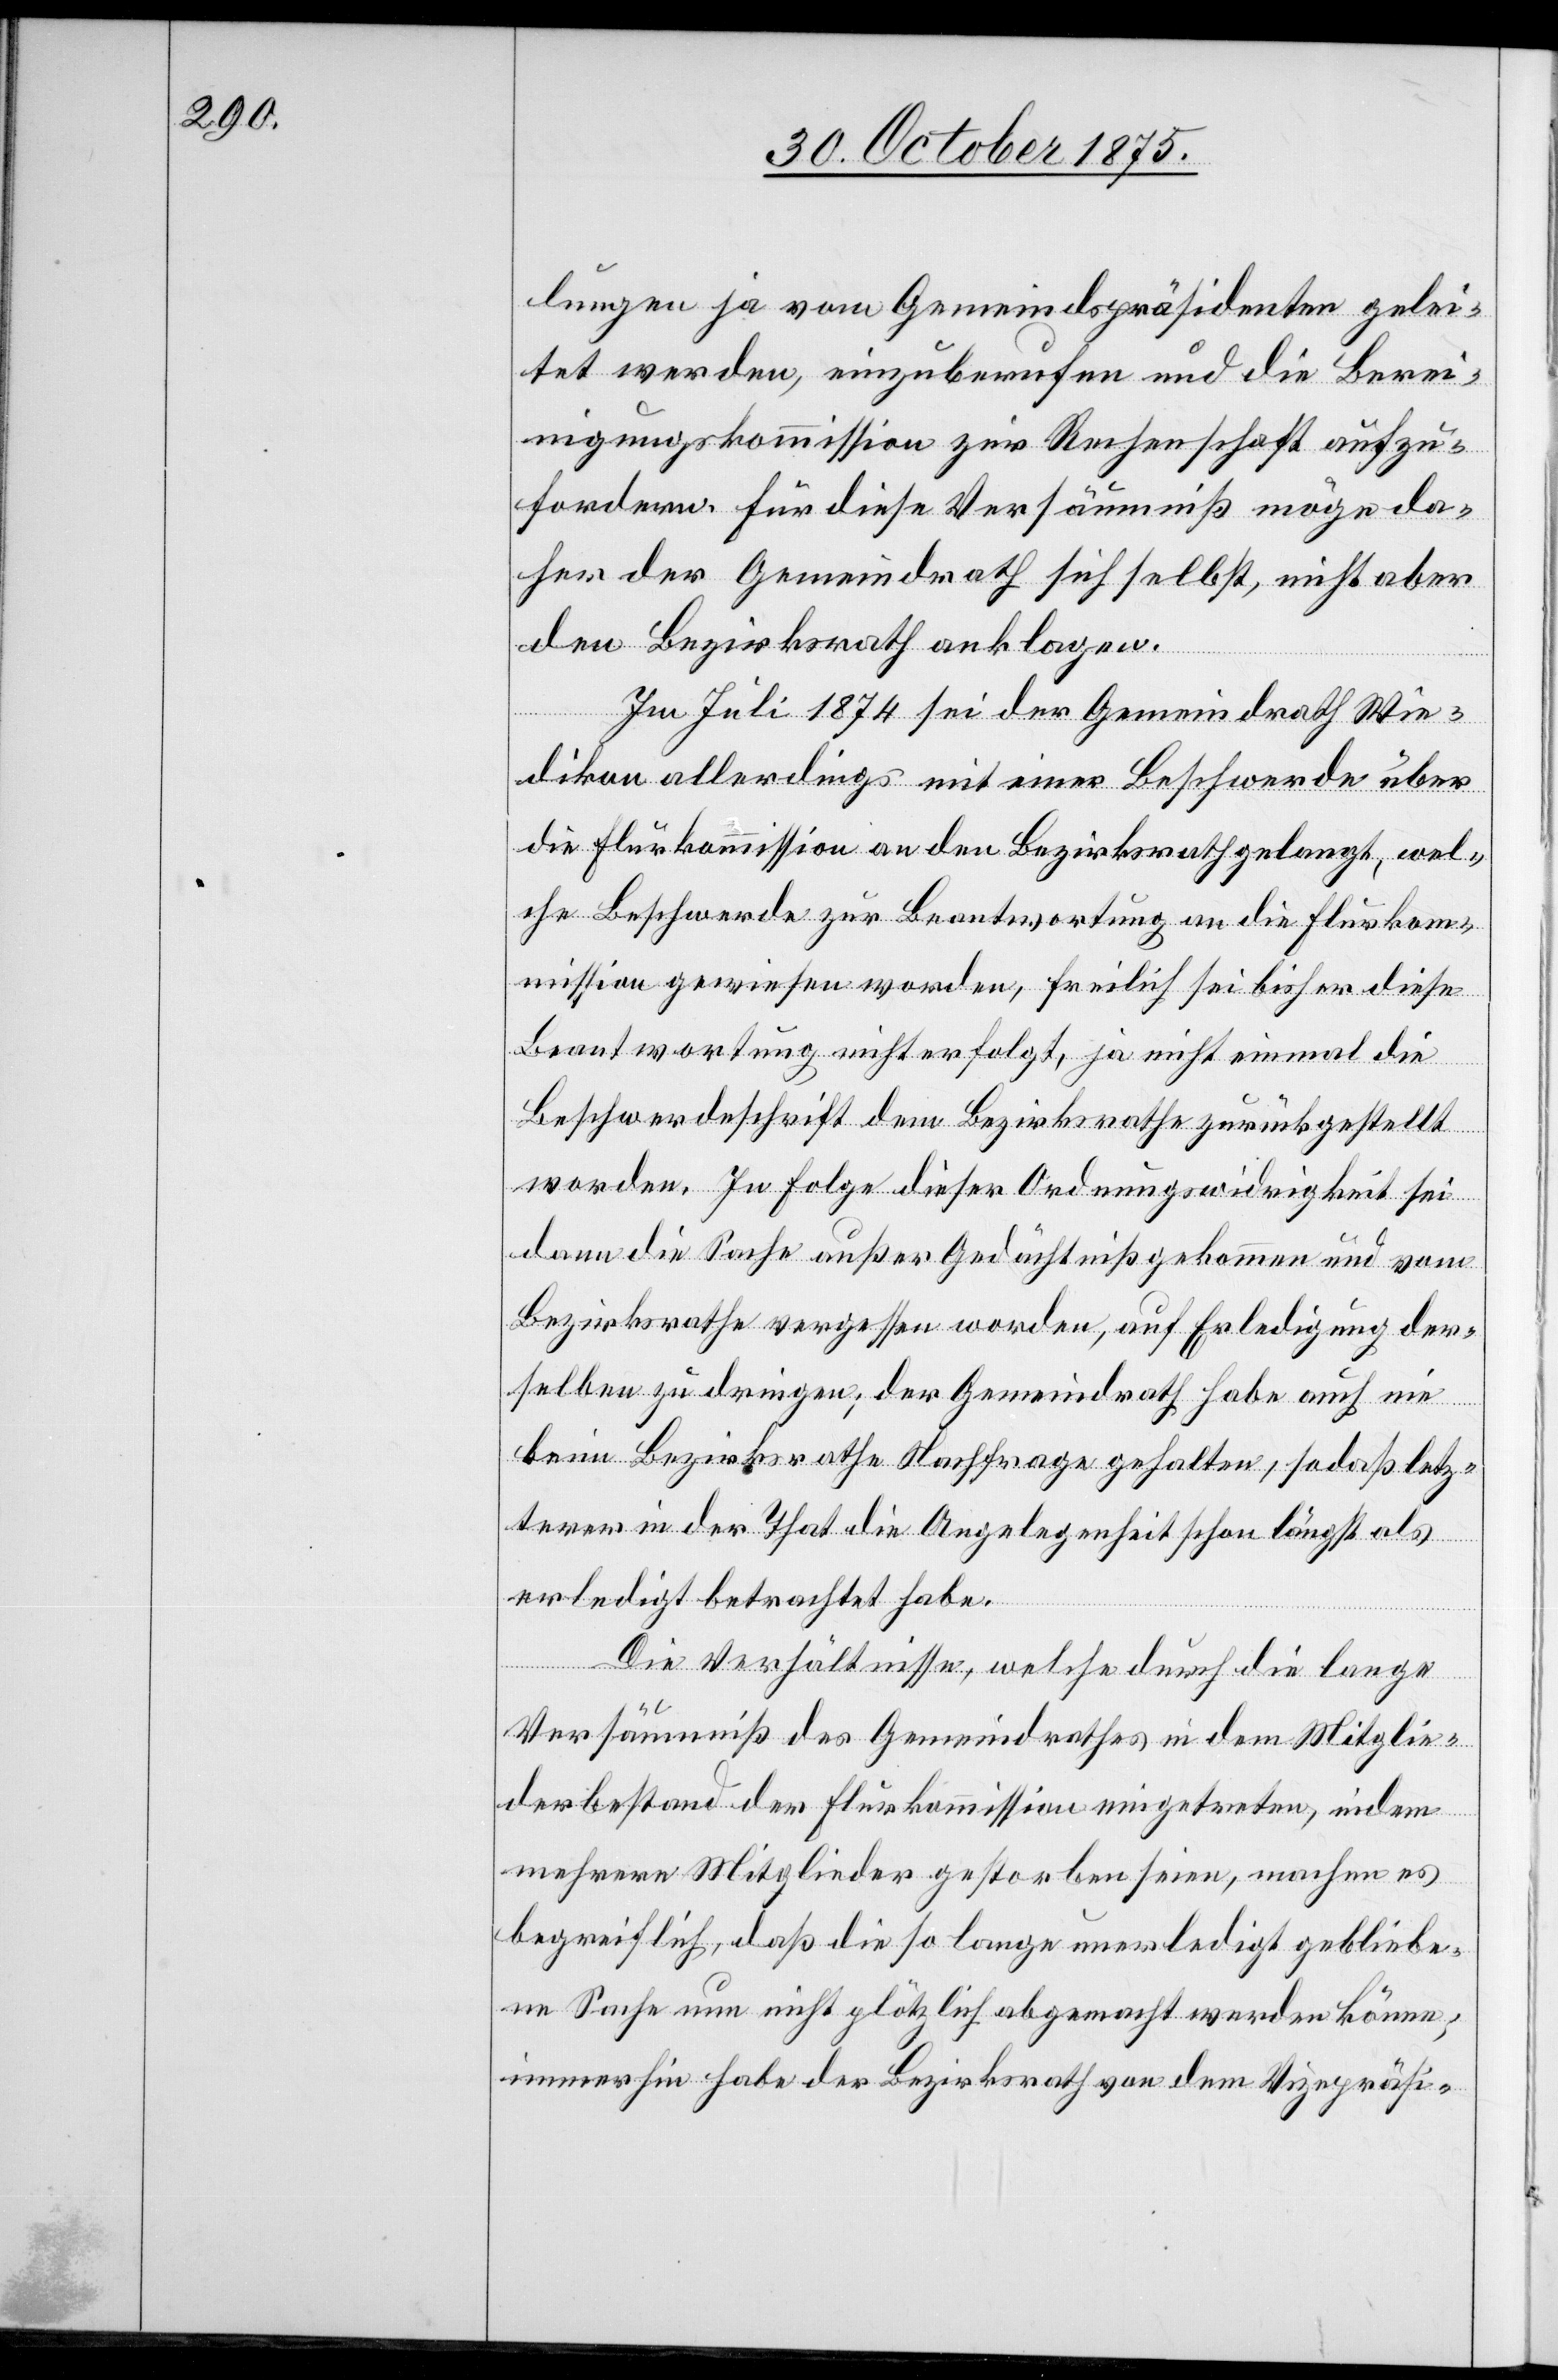
lungen ja vom Gemeindspräsidenten gelei¬
tet werden, einzuberufen und die Bere¬
inigungskommission zur Rechenschaft aufzu¬
fordern. Für diese Versäumniß möge da¬
her der Gemeindrath sich selbst, nicht aber
den Bezirksrath anklagen.
Im Juli 1874 sei der Gemeindrath Wie¬
dikon allerdings mit einer Beschwerde über
die Flurkommission an den Bezirksrath gelangt, wel¬
che Beschwerde zur Beantwortung an die Flurkom¬
mission gewiesen worden, freilich sei bisher diese
Beantwortung nicht erfolgt, ja nicht einmal die
Beschwerdeschrift dem Bezirksrathe zurückgestellt
worden. In Folge dieser Ordnungswidrigkeit sei
dann die Sache außer Gedächtniß gekommen und vom
Bezirksrathe vergessen worden, auf Erledigung der¬
selben zu dringen; der Gemeindrath habe auch nie
beim Bezirksrathe Nachfrage gehalten, so daß letz¬
terer in der That die Angelegenheit schon längst als
erledigt betrachtet habe.
Die Verhältnisse, welche durch die lange
Versäumniß des Gemeindrathes in dem Mitglie¬
derbestand der Flurkommission eingetreten, indem
mehrere Mitglieder gestorben seien, machen es
begreiflich, daß die so lange unerledigt gebliebe¬
ne Sache nun nicht plötzlich abgemacht werden könne;
immerhin habe der Bezirksrath von dem Vizepräsi-